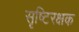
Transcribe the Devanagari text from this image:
सृष्टिरक्षक